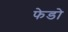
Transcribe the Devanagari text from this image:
फेडो